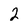
Character: 2